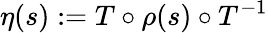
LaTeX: \eta(s):=T\circ\rho(s)\circ T^{-1}